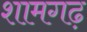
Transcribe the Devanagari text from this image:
शामगढ़